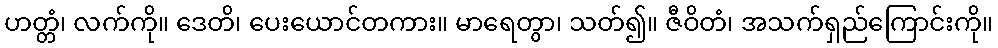
ဟတ္တံ၊ လက်ကို။ ဒေတိ၊ ပေးယောင်တကား။ မာရေတွာ၊ သတ်၍။ ဇီဝိတံ၊ အသက်ရှည်ကြောင်းကို။